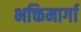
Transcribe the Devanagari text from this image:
भक्तिमार्गा